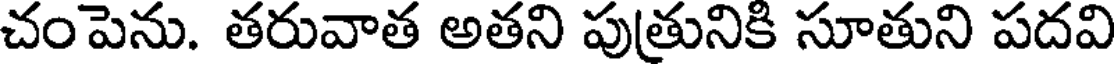
చంపెను. తరువాత అతని పుత్రునికి సూతుని పదవి